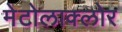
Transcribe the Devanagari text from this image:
मेटोलाक्‍लोर